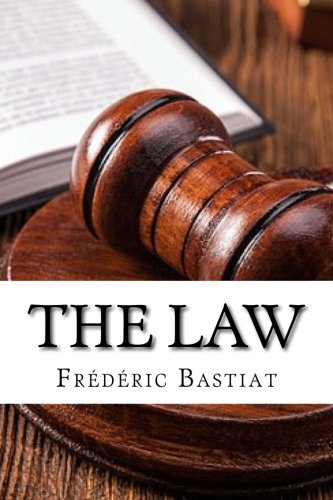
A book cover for The Law; FrÃ©dÃ©ric Bastiat; Law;